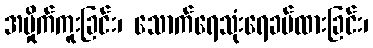
အမှိုက်ကူးခြင်း၊ သောက်ရေသုံးရေခပ်ထားခြင်း၊